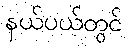
နယ်ပယ်တွင်